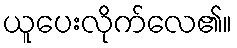
ယူပေးလိုက်လေ၏။